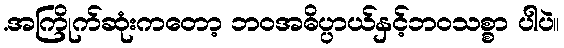
.အကြိုက်ဆုံးကတော့ ဘဝအဓိပ္ပာယ်နှင့်ဘဝသစ္စာ ပါပဲ။